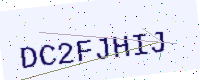
Text: DC2FJHIJ